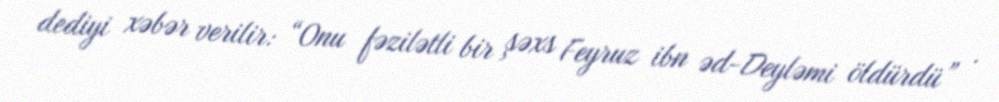
dediyi xəbər verilir: “Onu fəzilətli bir şəxs Feyruz ibn əd-Deyləmi öldürdü” .